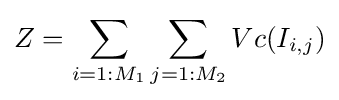
Z=\sum _{i=1:M_{1}}\sum _{j=1:M_{2}}Vc(I_{i,j})